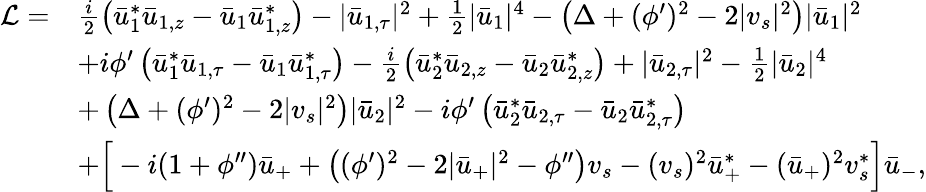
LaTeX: \begin{array}{rl}{{\mathcal{L}}=}&{\frac{i}{2}\left(\bar{u}_{1}^{*}\bar{u}_{1,z}-\bar{u}_{1}\bar{u}_{1,z}^{*}\right)-|\bar{u}_{1,\tau}|^{2}+\frac{1}{2}|\bar{u}_{1}|^{4}-\left(\Delta+(\phi^{\prime})^{2}-2|v_{s}|^{2}\right)|\bar{u}_{1}|^{2}}\\ &{+i\phi^{\prime}\left(\bar{u}_{1}^{*}\bar{u}_{1,\tau}-\bar{u}_{1}\bar{u}_{1,\tau}^{*}\right)-\frac{i}{2}\left(\bar{u}_{2}^{*}\bar{u}_{2,z}-\bar{u}_{2}\bar{u}_{2,z}^{*}\right)+|\bar{u}_{2,\tau}|^{2}-\frac{1}{2}|\bar{u}_{2}|^{4}}\\ &{+\left(\Delta+(\phi^{\prime})^{2}-2|v_{s}|^{2}\right)|\bar{u}_{2}|^{2}-i\phi^{\prime}\left(\bar{u}_{2}^{*}\bar{u}_{2,\tau}-\bar{u}_{2}\bar{u}_{2,\tau}^{*}\right)}\\ &{+\Big[-i(1+\phi^{\prime\prime})\bar{u}_{+}+\left((\phi^{\prime})^{2}-2|\bar{u}_{+}|^{2}-\phi^{\prime\prime}\right)v_{s}-(v_{s})^{2}\bar{u}_{+}^{*}-(\bar{u}_{+})^{2}v_{s}^{*}\Big]\bar{u}_{-},}\end{array}